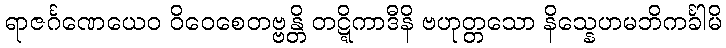
ရာဇင်္ဂဏေယေဝ ဝိဝေစေတဗ္ဗန္တိ တဋ္ဋိကာဒီနိ ဗဟုတ္တသော နိသ္နေဟမဘိကင်္ခါမိ